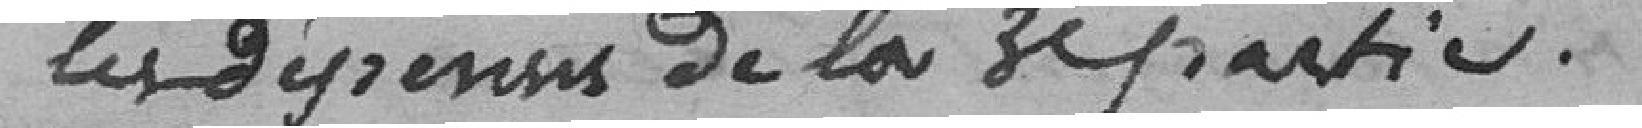
les dépenses de la 3éme partie